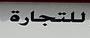
للتجارة